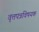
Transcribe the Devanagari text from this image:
वृत्तपत्रविषयक